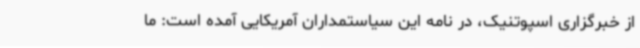
از خبرگزاری اسپوتنیک، در نامه این سیاستمداران آمریکایی آمده است: ما